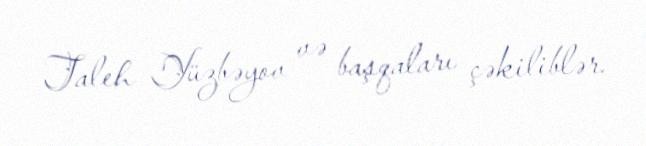
Taleh Yüzbəyov və başqaları çəkiliblər.